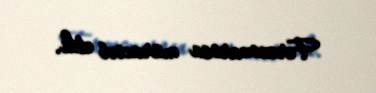
Ferencvarosa müraciət etdi.